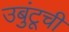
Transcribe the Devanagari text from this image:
उबुंटूची